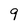
Character: 9